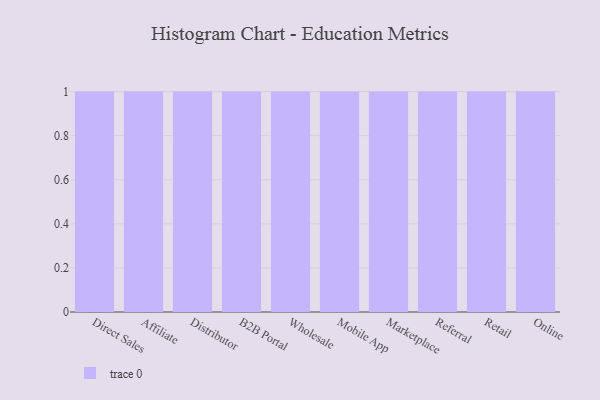
{"axis": {"x": "Channel", "y": "Headcount"}, "legend": [""], "data": [{"x": "Direct Sales", "y": 94, "type": ""}, {"x": "Affiliate", "y": 40, "type": ""}, {"x": "Distributor", "y": 33, "type": ""}, {"x": "B2B Portal", "y": 40, "type": ""}, {"x": "Wholesale", "y": 57, "type": ""}, {"x": "Mobile App", "y": 73, "type": ""}, {"x": "Marketplace", "y": 3, "type": ""}, {"x": "Referral", "y": 41, "type": ""}, {"x": "Retail", "y": 1, "type": ""}, {"x": "Online", "y": 39, "type": ""}]}